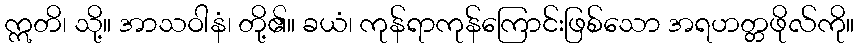
ဣတိ၊ သို့။ အာသဝါနံ၊ တို့၏။ ခယံ၊ ကုန်ရာကုန်ကြောင်းဖြစ်သော အရဟတ္တဖိုလ်ကို။